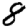
Digit: 8